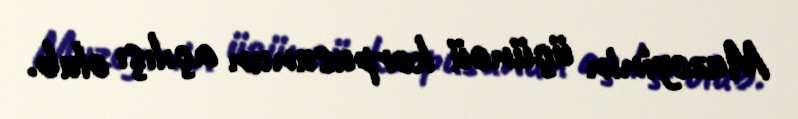
Muzeyinin üçüncü korpusunun açılışı olub.